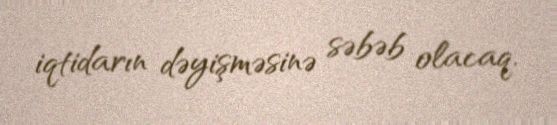
iqtidarın dəyişməsinə səbəb olacaq.